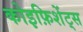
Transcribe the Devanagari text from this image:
कोइफ़िशेंट्स